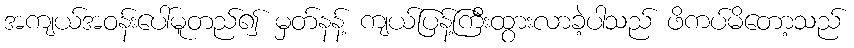
အကျယ်အဝန်းပေါ်မူတည်၍ မှတ်နန့် ကျယ်ပြန့်ကြီးထွားလာခဲ့ပါသည် ဖိကပ်မိတော့သည်